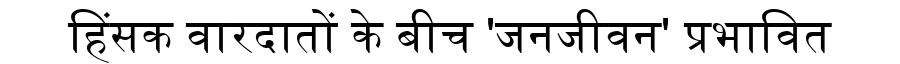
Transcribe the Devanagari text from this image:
हिंसक वारदातों के बीच 'जनजीवन' प्रभावित